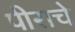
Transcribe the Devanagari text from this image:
पीराचे